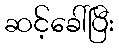
ဆင့်ခေါ်ပြီး